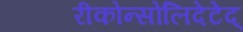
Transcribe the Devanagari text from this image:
रीकोन्सोलिदेटेद्